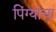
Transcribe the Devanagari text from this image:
पिंग्यांचा